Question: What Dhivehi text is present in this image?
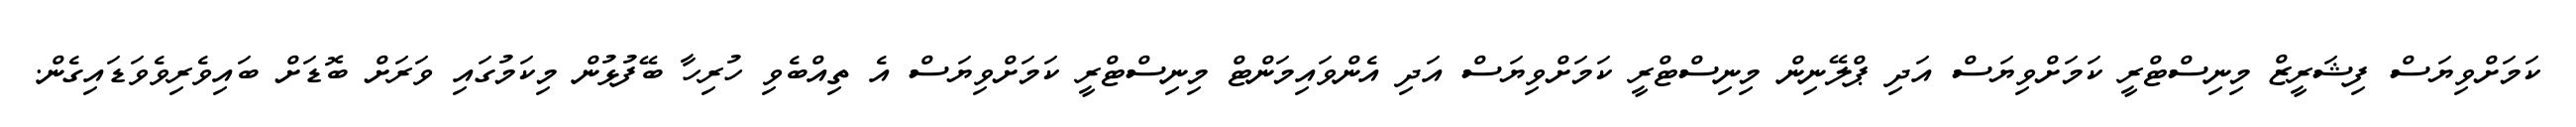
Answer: ކަމަށްވިޔަސް ފިޝަރީޒް މިނިސްޓްރީ ކަމަށްވިޔަސް އަދި ޕްލޭނިން މިނިސްޓްރީ ކަމަށްވިޔަސް އަދި އެންވައިމަންޓް މިނިސްޓްރީ ކަމަށްވިޔަސް އެ ތިއްބެވި ހުރިހާ ބޭފުޅުން މިކަމުގައި ވަރަށް ބޮޑަށް ބައިވެރިވެވަޑައިގެން.